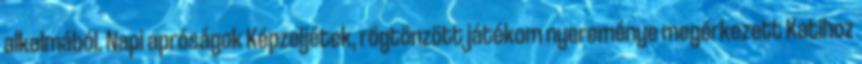
alkalmából. Napi apróságok Képzeljétek, rögtönzött játékom nyereménye megérkezett Katihoz